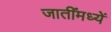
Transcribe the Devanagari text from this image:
जातींमध्यें